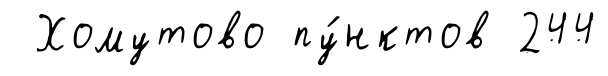
Хомутово пу́нктов 244